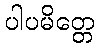
ပါပမိတ္တေ